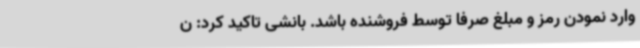
وارد نمودن رمز و مبلغ صرفاً توسط فروشنده باشد. بانشی تاکید کرد: ن